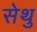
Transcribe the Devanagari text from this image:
सेथु